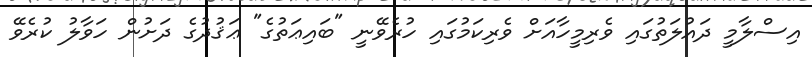
އިސްލާމީ ދައުލަތުގައި ވެރިމީހާއަށް ވެރިކަމުގައި ހުރެވޭނީ "ބައިޢަތުގެ" ޢަޤުދުގެ ދަށުން ހަވާލު ކުރެވޭ